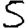
Digit: 5